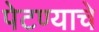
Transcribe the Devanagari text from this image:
पेटण्याचे